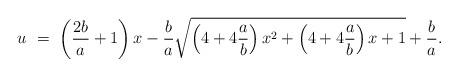
LaTeX: \begin{align*} u\ =\ \left (\frac{2b}{a}+1 \right )x-\frac{b}{a}\sqrt{\left( 4+4\frac{a}{b}\right)x^{2}+\left( 4+4\frac{a}{b}\right)x+1} +\frac{b}{a}.\end{align*}